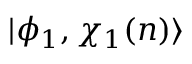
| \phi _ { 1 } , \chi _ { 1 } ( n ) \rangle